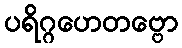
ပရိဂ္ဂဟေတဗ္ဗော